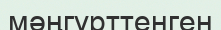
мәңгүрттенген